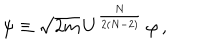
LaTeX: \psi \equiv \sqrt { 2 m } \, U ^ { \frac { N } { 2 ( N - 2 ) } } \, \varphi \, ,